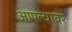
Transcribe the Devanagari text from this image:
आपल्‍यावर